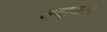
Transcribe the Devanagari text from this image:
अव्हकल